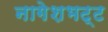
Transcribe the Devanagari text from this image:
नागेशभट्ट